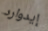
إيدوارد